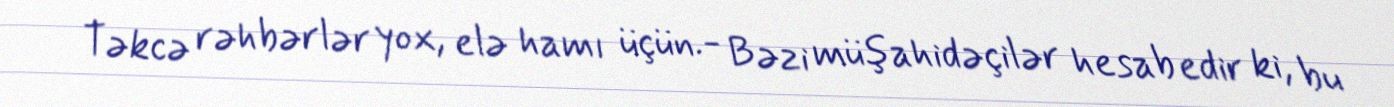
Təkcə rəhbərlər yox, elə hamı üçün.- Bəzi müşahidəçilər hesab edir ki, bu